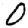
Digit: 0